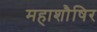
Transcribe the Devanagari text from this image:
महाशौषिर